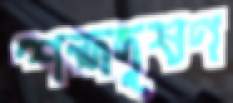
শব্দদূষণ